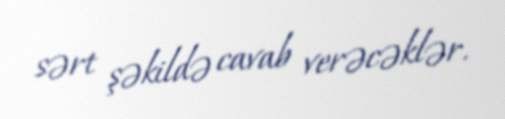
sərt şəkildə cavab verəcəklər.